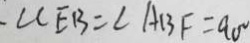
\angle C E B = \angle A B F = 9 0 ^ { \circ }